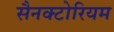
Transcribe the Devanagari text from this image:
सैनक्टोरियम